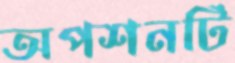
অপশনটি